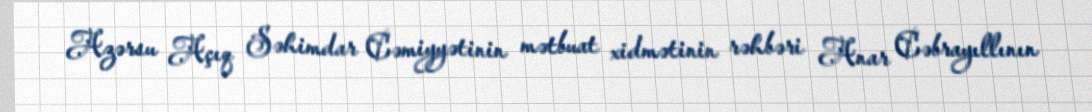
Azərsu Açıq Səhimdar Cəmiyyətinin mətbuat xidmətinin rəhbəri Anar Cəbrayıllının